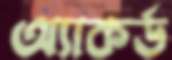
অ্যাকর্ড